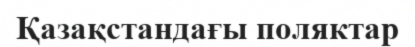
Қазақстандағы поляктар